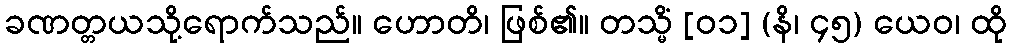
ခဏတ္တယသို့ရောက်သည်။ ဟောတိ၊ ဖြစ်၏။ တသ္မိံ [၀၁] (နိ၊ ၄၅) ယေဝ၊ ထို